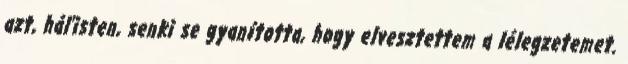
azt, hál'isten, senki se gyanította, hogy elvesztettem a lélegzetemet.